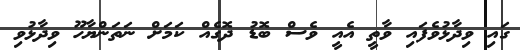
ގައި ވިދާޅުވެފައި ވާތީ އެއީ ވެސް ބޮޑު ދޮގެއް ކަމަށް ނަތަންޔާހޫ ވިދާޅުވި